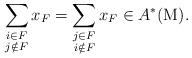
LaTeX: \begin{align*}\sum_{\substack{i \in F \\ j \notin F}} x_F=\sum_{\substack{j \in F \\ i \notin F}} x_F \in A^*(\mathrm{M}).\end{align*}